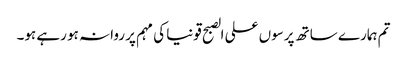
تم ہمارے ساتھ پرسوں علی الصبح قونیا کی مہم پر روانہ ہو رہے ہو۔